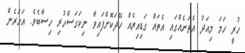
ހުރީ ހަމަ މިއަދު އެތަނެއްގައި އެތައް ގަޑިއިރެއް ހޭދަކޮށްފައިވާ ނިކަގަސްހުރި ހިސާބެވެ. އަހަރެން